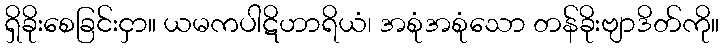
ရှိခိုးစေခြင်းငှာ။ ယမကပါဋိဟာရိယံ၊ အစုံအစုံသော တန်ခိုးဗျာဒိတ်ကို။